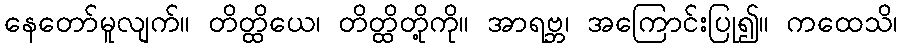
နေတော်မူလျက်။ တိတ္ထိယေ၊ တိတ္ထိတို့ကို။ အာရဗ္ဘ၊ အကြောင်းပြု၍။ ကထေသိ၊